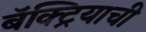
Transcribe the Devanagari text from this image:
बॅक्ट्रियाची